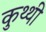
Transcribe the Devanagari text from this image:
कुथ्थी